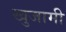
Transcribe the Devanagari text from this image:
खुजामी